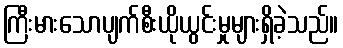
ကြီးမားသောပျက်စီးယိုယွင်းမှုများရှိခဲ့သည်။